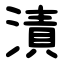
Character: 漬